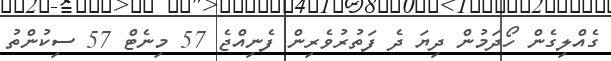
ގެއްލިގެން ހޯދަމުން ދިޔަ ދެ ފަތުރުވެރިން ފެނިއްޖެ 57 މިނެޓް 57 ސިކުންތު